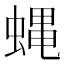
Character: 蝿